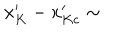
x _ { K } ^ { \prime } - x _ { K c } ^ { \prime } \sim